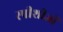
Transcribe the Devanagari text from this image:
स्पीशीजों